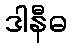
ဒါနီဓ